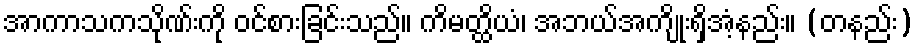
အာကာသကသိုဏ်းကို ဝင်စားခြင်းသည်။ ကိမတ္ထိယံ၊ အဘယ်အကျိုးရှိအံ့နည်း။ (တနည်း)